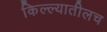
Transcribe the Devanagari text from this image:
किल्ल्यातीलच